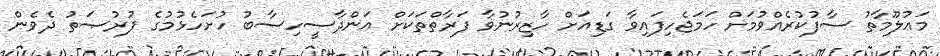
މަޢުލޫމާތު ސާފުކުރެއްވުމަށް ހަމަޖެހިފައިވާ ގަޑިއަށް ހާޒިރުނުވާ ފަރާތްތަކަށް އަންދާސީހިސާބު ހުށަހެޅުމުގެ ފުރުޞަތު ދެވެން